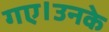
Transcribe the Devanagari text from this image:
गए।उनके